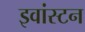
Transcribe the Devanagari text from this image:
इवांस्टन